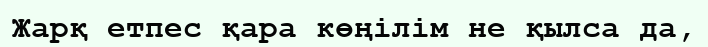
Жарқ етпес қара көңілім не қылса да,